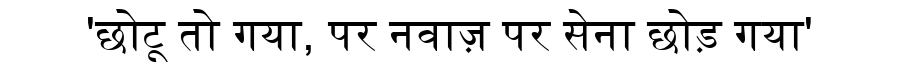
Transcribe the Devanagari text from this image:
'छोटू तो गया, पर नवाज़ पर सेना छोड़ गया'